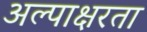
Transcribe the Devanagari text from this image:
अल्पाक्षरता